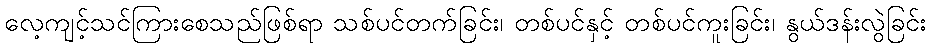
လေ့ကျင့်သင်ကြားစေသည်ဖြစ်ရာ သစ်ပင်တက်ခြင်း၊ တစ်ပင်နှင့် တစ်ပင်ကူးခြင်း၊ နွယ်ဒန်းလွဲခြင်း